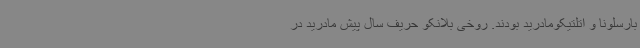
بارسلونا و اتلتیکومادرید بودند. روخی بلانکو حریف سال پیش مادرید در